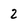
Character: 2